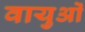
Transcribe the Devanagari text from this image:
वायुओं